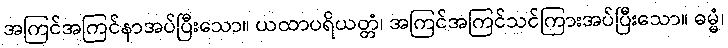
အကြင်အကြင်နာအပ်ပြီးသော။ ယထာပရိယတ္တံ၊ အကြင်အကြင်သင်ကြားအပ်ပြီးသော။ ဓမ္မံ၊